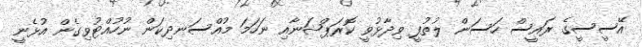
އޭސީސީގެ ރައީސް ހަސަން ލުތުފީ ވިދާޅުވީ ކޮރަޕްޝަނާއި ނަހަމަ މުއްސަނދިކަން ނުހުއްޓުވިގެން އުޅެނީ